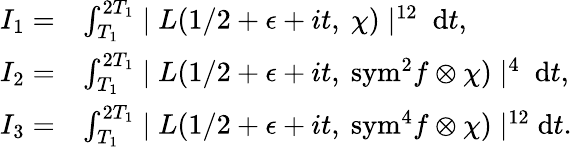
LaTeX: \begin{array}{rl}{I_{1}=}&{\int_{T_{1}}^{2T_{1}}\mid L(1/2+\epsilon+it,\ \chi)\mid^{12}\ \mathrm{d}t,}\\ {I_{2}=}&{\int_{T_{1}}^{2T_{1}}\mid L(1/2+\epsilon+it,\ {\mathrm{sym}^{2}}f\otimes\chi)\mid^{4}\ \mathrm{d}t,}\\ {I_{3}=}&{\int_{T_{1}}^{2T_{1}}\mid L(1/2+\epsilon+it,\ {\mathrm{sym}}^{4}f\otimes\chi)\mid^{12}\mathrm{d}t.}\end{array}